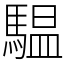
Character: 𩥈